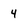
Character: 4